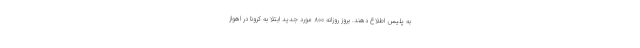
به پلیس اطلاع دهند. بروز روزانه ۸۰۰ مورد جدید ابتلا به کرونا در اهواز